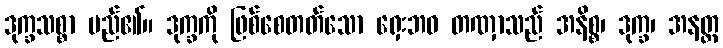
ဒုက္ခသစ္စာ မည်၏။ ဒုက္ခကို ဖြစ်စေတတ်သော ရှေးဘဝ တဏှာသည် အနိစ္စ၊ ဒုက္ခ၊ အနတ္တ